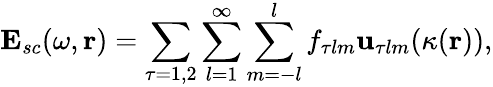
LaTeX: \mathbf{E}_{sc}(\omega,\mathbf{r})=\sum_{\tau=1,2}\sum_{l=1}^{\infty}\sum_{m=-l}^{l}f_{\tau lm}\mathbf{u}_{\tau lm}(\kappa(\mathbf{r})),